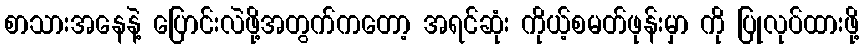
စာသားအနေနဲ့ ပြောင်းလဲဖို့အတွက်ကတော့ အရင်ဆုံး ကိုယ့်စမတ်ဖုန်းမှာ ကို ပြုလုပ်ထားဖို့